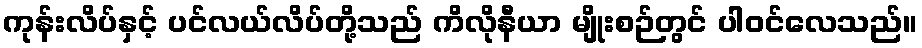
ကုန်းလိပ်နှင့် ပင်လယ်လိပ်တို့သည် ကိလိုနီယာ မျိုးစဉ်တွင် ပါဝင်လေသည်။